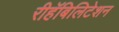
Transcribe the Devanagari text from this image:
रीहॅबिलिटेशन